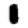
Digit: 1